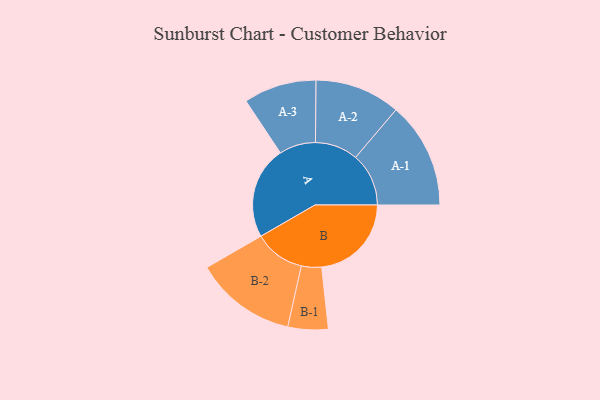
{"axis": {"x": "Segment", "y": "Value"}, "legend": ["", "A", "B"], "data": [{"x": "A", "y": 465, "type": ""}, {"x": "B", "y": 451, "type": ""}, {"x": "A-1", "y": 267, "type": "A"}, {"x": "A-2", "y": 215, "type": "A"}, {"x": "A-3", "y": 183, "type": "A"}, {"x": "B-1", "y": 101, "type": "B"}, {"x": "B-2", "y": 255, "type": "B"}]}